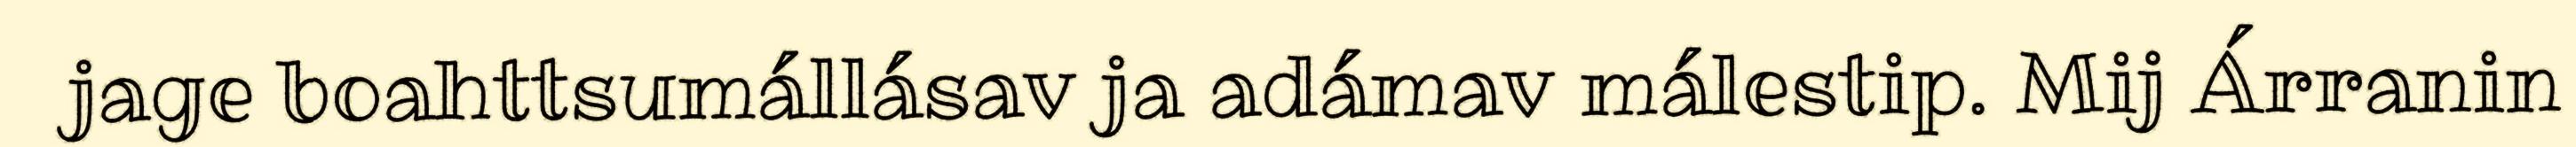
jage boahttsumállásav ja adámav málestip. Mij Árranin